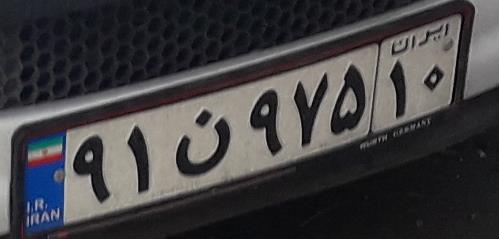
۹۱ن۹۷۵۱۰